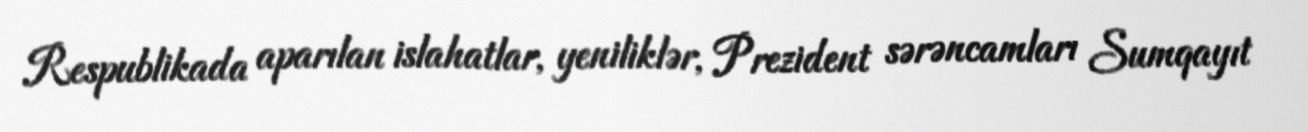
Respublikada aparılan islahatlar, yeniliklər, Prezident sərəncamları Sumqayıt